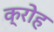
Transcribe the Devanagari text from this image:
क्रोह